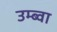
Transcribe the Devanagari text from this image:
उम्ब्वा